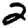
Digit: 2